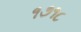
૧૭૧૮